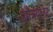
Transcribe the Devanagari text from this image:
इमैक्यूलेट